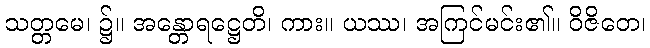
သတ္တမေ၊ ၌။ အန္တောရဋ္ဌေတိ၊ ကား။ ယဿ၊ အကြင်မင်း၏။ ဝိဇိတေ၊